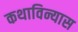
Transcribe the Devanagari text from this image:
कथाविन्यास